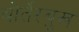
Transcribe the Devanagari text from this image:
बोर्तेरबुख